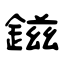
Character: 鎡